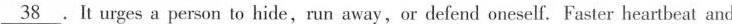
\underline{38}.It urges a person to hide,run away,or defend oneself. Faster heartbeat and